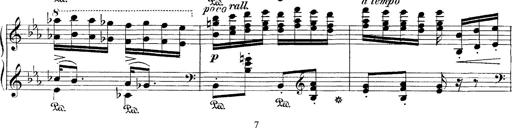
Title: Hungarian Rhapsody No.4
Composer: Franz Liszt
Key: E-flat major